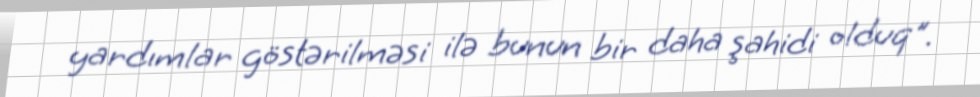
yardımlar göstərilməsi ilə bunun bir daha şahidi olduq".